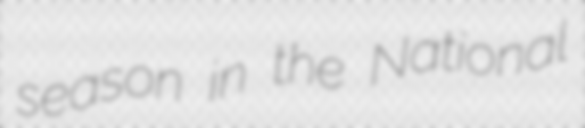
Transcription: season in the National